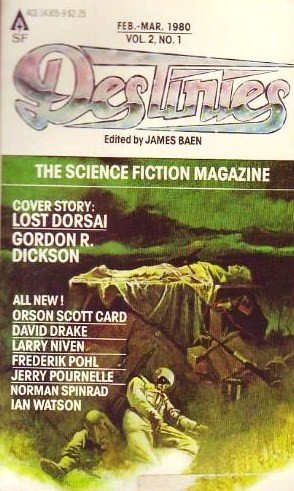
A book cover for Destinies, (The Science Fiction Magazine) Vol.2, No. 1: Feb-Mar. 1980; Gordon R. Dickson; Science & Math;